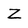
Character: Z